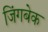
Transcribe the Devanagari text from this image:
जिंगबेक